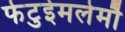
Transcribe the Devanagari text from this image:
फेटुईमलेमौ